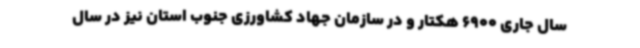
سال جاری 6900 هکتار و در سازمان جهاد کشاورزی جنوب استان نیز در سال